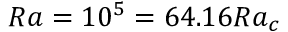
R a = 1 0 ^ { 5 } = 6 4 . 1 6 R a _ { c }